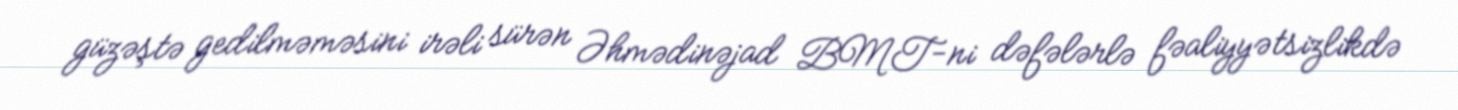
güzəştə gedilməməsini irəli sürən Əhmədinəjad BMT-ni dəfələrlə fəaliyyətsizlikdə